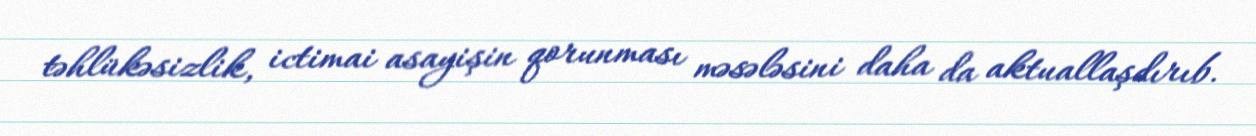
təhlükəsizlik, ictimai asayişin qorunması məsələsini daha da aktuallaşdırıb.